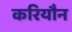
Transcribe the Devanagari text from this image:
करियौन